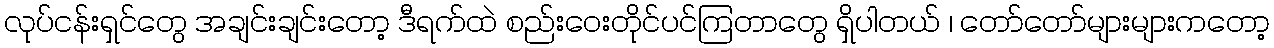
လုပ်ငန်းရှင်တွေ အချင်းချင်းတော့ ဒီရက်ထဲ စည်းဝေးတိုင်ပင်ကြတာတွေ ရှိပါတယ် ၊ တော်တော်များများကတော့